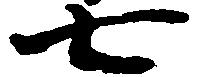
七